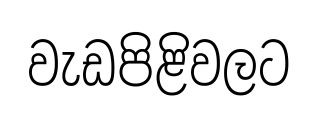
වැඩපිළිවලට